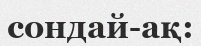
сондай-ақ: